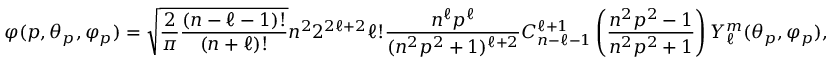
\varphi ( p , \theta _ { p } , \varphi _ { p } ) = { \sqrt { { \frac { 2 } { \pi } } { \frac { ( n - \ell - 1 ) ! } { ( n + \ell ) ! } } } } n ^ { 2 } 2 ^ { 2 \ell + 2 } \ell ! { \frac { n ^ { \ell } p ^ { \ell } } { ( n ^ { 2 } p ^ { 2 } + 1 ) ^ { \ell + 2 } } } C _ { n - \ell - 1 } ^ { \ell + 1 } \left( { \frac { n ^ { 2 } p ^ { 2 } - 1 } { n ^ { 2 } p ^ { 2 } + 1 } } \right) Y _ { \ell } ^ { m } ( \theta _ { p } , \varphi _ { p } ) ,